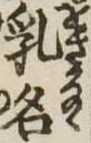
乳名